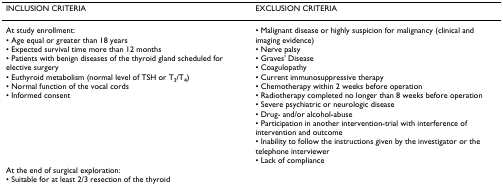
<table><thead><tr><td><b>INCLUSION CRITERIA</b></td><td><b>EXCLUSION CRITERIA</b></td></tr></thead><tbody><tr><td>At study enrollment:• Age equal or greater than 18 years• Expected survival time more than 12 months• Patients with benign diseases of the thyroid gland scheduled for elective surgery• Euthyroid metabolism (normal level of TSH or T<sub>3</sub>/T<sub>4</sub>)• Normal function of the vocal cords• Informed consent</td><td>• Malignant disease or highly suspicion for malignancy (clinical and imaging evidence)• Nerve palsy• Graves&#x27; Disease• Coagulopathy• Current immunosuppressive therapy• Chemotherapy within 2 weeks before operation• Radiotherapy completed no longer than 8 weeks before operation• Severe psychiatric or neurologic disease• Drug- and/or alcohol-abuse• Participation in another intervention-trial with interference of intervention and outcome• Inability to follow the instructions given by the investigator or the telephone interviewer• Lack of compliance</td></tr><tr><td>At the end of surgical exploration:• Suitable for at least 2/3 resection of the thyroid</td><td></td></tr></tbody></table>